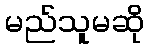
မည်သူမဆို